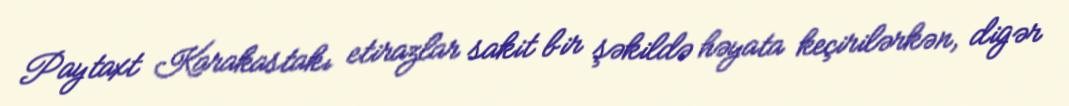
Paytaxt Karakastakı etirazlar sakit bir şəkildə həyata keçirilərkən, digər